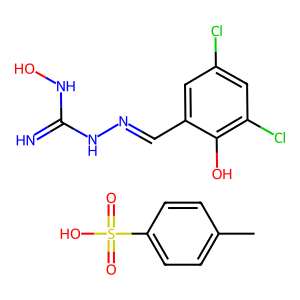
SMILES: Cc1ccc(S(=O)(=O)O)cc1.N=C(NO)NN=Cc1cc(Cl)cc(Cl)c1O
Inhibits HIV replication: No